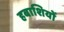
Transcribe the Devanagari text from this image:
हबाशियों